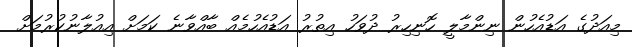
މިއަދުގެ އަޑުއެހުން ނިންމާލީ ހޮނިހިރު ދުވަހު އިތުރު އަޑުއެހުމެއް ބާއްވާނެ ކަމަށް އިއުލާނުކުރުމަށް